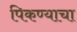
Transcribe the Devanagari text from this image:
पिकण्याचा